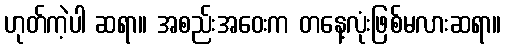
ဟုတ်ကဲ့ပါ ဆရာ။ အစည်းအဝေးက တနေ့လုံးဖြစ်မလားဆရာ။